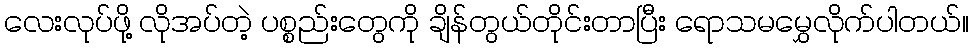
လေးလုပ်ဖို့ လိုအပ်တဲ့ ပစ္စည်းတွေကို ချိန်တွယ်တိုင်းတာပြီး ရောသမမွှေလိုက်ပါတယ်။